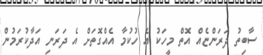
ސާބިތު ދަރަންޏެއް އޮތް މީހަކު އެ ހުކުމާ އެއްގޮތަށް އެ ދަރަނި އަދާކުރަމުން